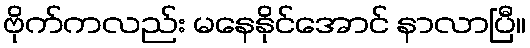
ဗိုက်ကလည်း မနေနိုင်အောင် နာလာပြီ။